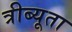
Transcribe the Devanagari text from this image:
त्रीब्यूता